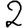
Digit: 2